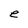
Character: e